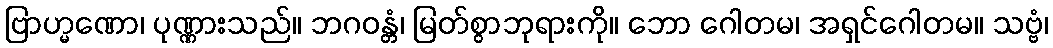
ဗြာဟ္မဏော၊ ပုဏ္ဏားသည်။ ဘဂဝန္တံ၊ မြတ်စွာဘုရားကို။ ဘော ဂေါတမ၊ အရှင်ဂေါတမ။ သဗ္ဗံ၊